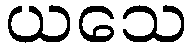
ယသေ